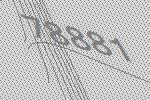
78881